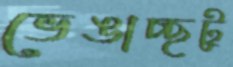
ভেঙাচ্ছটু